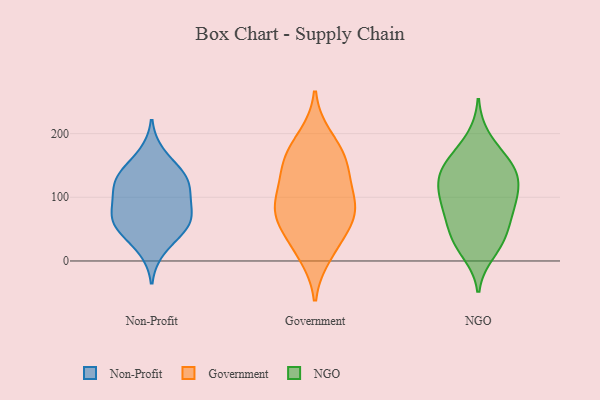
{"axis": {"x": "Population (Million)", "y": "Value"}, "legend": ["Government", "NGO", "Non-Profit"], "data": [{"x": "", "y": 133, "type": "Non-Profit"}, {"x": "", "y": 90, "type": "Non-Profit"}, {"x": "", "y": 57, "type": "Non-Profit"}, {"x": "", "y": 125, "type": "Non-Profit"}, {"x": "", "y": 60, "type": "Non-Profit"}, {"x": "", "y": 18, "type": "Non-Profit"}, {"x": "", "y": 72, "type": "Non-Profit"}, {"x": "", "y": 56, "type": "Non-Profit"}, {"x": "", "y": 94, "type": "Non-Profit"}, {"x": "", "y": 47, "type": "Non-Profit"}, {"x": "", "y": 168, "type": "Non-Profit"}, {"x": "", "y": 136, "type": "Non-Profit"}, {"x": "", "y": 131, "type": "Non-Profit"}, {"x": "", "y": 106, "type": "Non-Profit"}, {"x": "", "y": 25, "type": "Government"}, {"x": "", "y": 55, "type": "Government"}, {"x": "", "y": 87, "type": "Government"}, {"x": "", "y": 78, "type": "Government"}, {"x": "", "y": 155, "type": "Government"}, {"x": "", "y": 172, "type": "Government"}, {"x": "", "y": 150, "type": "Government"}, {"x": "", "y": 137, "type": "Government"}, {"x": "", "y": 105, "type": "Government"}, {"x": "", "y": 10, "type": "Government"}, {"x": "", "y": 194, "type": "Government"}, {"x": "", "y": 84, "type": "Government"}, {"x": "", "y": 68, "type": "Government"}, {"x": "", "y": 14, "type": "NGO"}, {"x": "", "y": 84, "type": "NGO"}, {"x": "", "y": 30, "type": "NGO"}, {"x": "", "y": 83, "type": "NGO"}, {"x": "", "y": 130, "type": "NGO"}, {"x": "", "y": 31, "type": "NGO"}, {"x": "", "y": 159, "type": "NGO"}, {"x": "", "y": 89, "type": "NGO"}, {"x": "", "y": 147, "type": "NGO"}, {"x": "", "y": 45, "type": "NGO"}, {"x": "", "y": 117, "type": "NGO"}, {"x": "", "y": 103, "type": "NGO"}, {"x": "", "y": 122, "type": "NGO"}, {"x": "", "y": 61, "type": "NGO"}, {"x": "", "y": 192, "type": "NGO"}, {"x": "", "y": 142, "type": "NGO"}, {"x": "", "y": 156, "type": "NGO"}]}